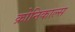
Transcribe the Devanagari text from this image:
क्रोनिकाल्स